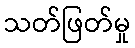
သတ်ဖြတ်မှု